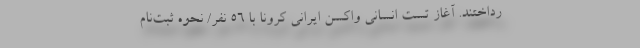
رداختند. آغاز تست انسانی واکسن ایرانی کرونا با ۵۶ نفر/ نحوه ثبت‌نام